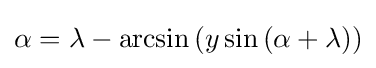
\alpha =\lambda -\arcsin \left(y\sin \left(\alpha +\lambda \right)\right)